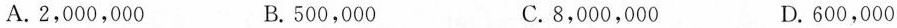
A.2,000,000 B.500,000 C.8,000,000 D.600,000